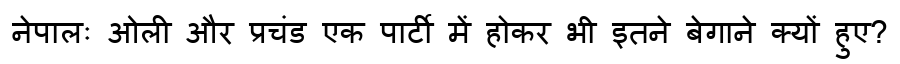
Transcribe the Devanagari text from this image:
नेपालः ओली और प्रचंड एक पार्टी में होकर भी इतने बेगाने क्यों हुए?